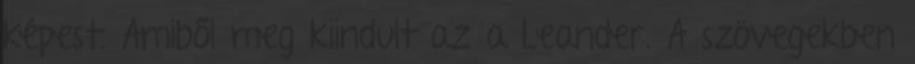
képest. Amiből meg kiindult az a Leander. A szövegekben